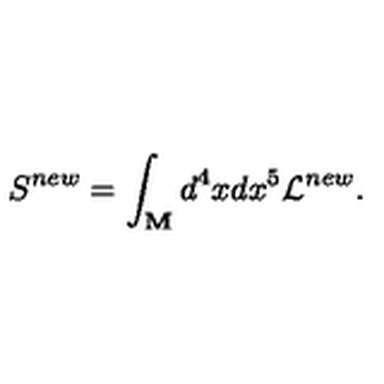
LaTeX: S ^ { n e w } = \int _ { \bf M } d ^ { 4 } x d x ^ { 5 } { \cal L } ^ { n e w } .